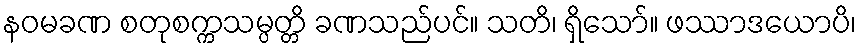
နဝမခဏ စတုစက္ကသမ္ပတ္တိ ခဏသည်ပင်။ သတိ၊ ရှိသော်။ ဖဿာဒယောပိ၊